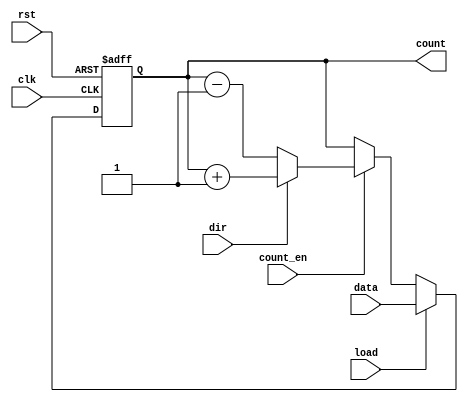
module SynchronousLoadCounter (
    input wire clk,         // Clock signal
    input wire rst,         // Reset signal (active-high)
    input wire load,        // Load signal (active-high)
    input wire [7:0] data,  // Data input for loading (8-bit wide)
    input wire count_en,    // Count enable signal
    input wire dir,         // Direction signal (1 = up, 0 = down)
    output reg [7:0] count  // Count output (8-bit wide)
);

    // Counter state update on the rising edge of the clock
    always @(posedge clk or posedge rst) begin
        if (rst) begin
            // Reset the counter to zero
            count <= 8'b0;
        end else if (load) begin
            // Load the specified value into the counter
            count <= data;
        end else if (count_en) begin
            // Count up or down based on the direction signal
            if (dir) begin
                // Increment the counter
                count <= count + 1;
            end else begin
                // Decrement the counter
                count <= count - 1;
            end
        end
    end

endmodule